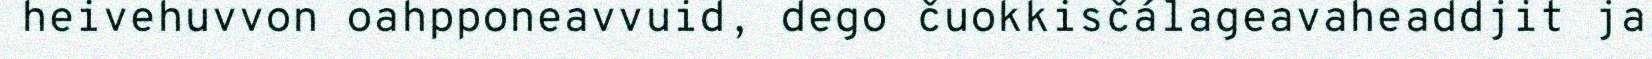
heivehuvvon oahpponeavvuid, dego čuokkisčálageavaheaddjit ja